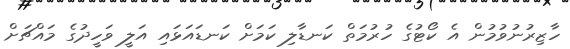
ހާޒިރުނުވުމުން އެ ކޯޓުގެ ހުރުމަތް ކަނޑާލި ކަމަށް ކަނޑައަޅައި އަލީ ވަހީދުގެ މައްޗަށް